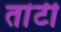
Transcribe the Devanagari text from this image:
तांटी